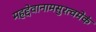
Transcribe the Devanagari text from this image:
महद्देवानामसुरत्वमेकं